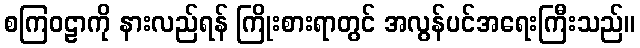
စကြဝဠာကို နားလည်ရန် ကြိုးစားရာတွင် အလွန်ပင်အရေးကြီးသည်။